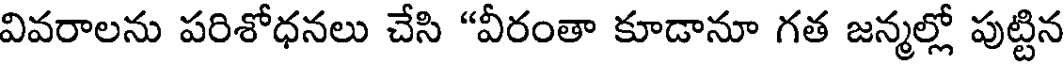
వివరాలను పరిశోధనలు చేసి "వీరంతా కూడానూ గత జన్మల్లో పుట్టిన